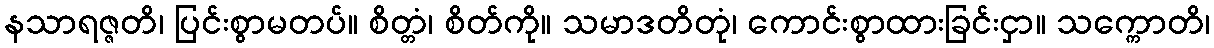
နသာရဇ္ဇတိ၊ ပြင်းစွာမတပ်။ စိတ္တံ၊ စိတ်ကို။ သမာဒတိတုံ၊ ကောင်းစွာထားခြင်းငှာ။ သက္ကောတိ၊